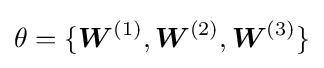
\theta =\{{\boldsymbol {W}}^{(1)},{\boldsymbol {W}}^{(2)},{\boldsymbol {W}}^{(3)}\}